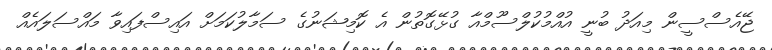
ޖޭއެސްސީން މިއަދު ބުނީ އުއްމުކުލްސޫމްއާ ގުޅޭގޮތުން އެ ކޮމިޝަނުގެ ސަމާލުކަމަށް އައިސްފައިވާ މައްސަލައެއް